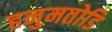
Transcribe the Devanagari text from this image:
हनुमतोडि